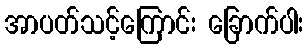
အာပတ်သင့်ကြောင်း ခြောက်ပါး